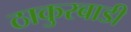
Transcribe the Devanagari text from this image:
ठाकुरबाडी